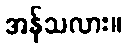
အန်သလား။